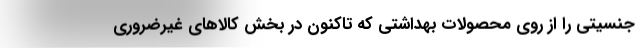
جنسیتی را از روی محصولات بهداشتی که تاکنون در بخش کالاهای غیرضروری